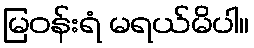
မြဝန်းရံ မရယ်မိပါ။